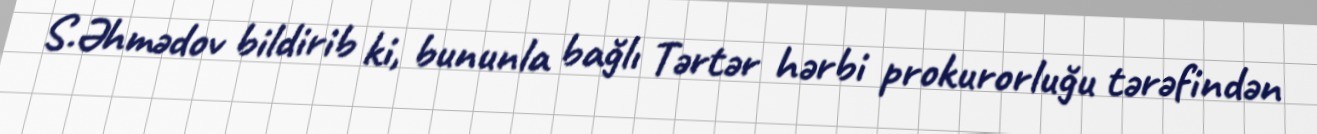
S.Əhmədov bildirib ki, bununla bağlı Tərtər hərbi prokurorluğu tərəfindən